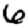
Digit: 6